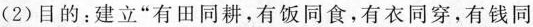
(2)目的：建立”有田同耕，有饭同食，有衣同穿，有钱同